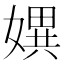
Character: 𡠲